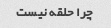
چرا حلقه نیست